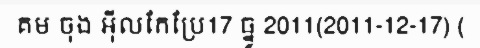
គម ចុង អ៊ីលកែប្រែ17 ធ្នូ 2011(2011-12-17) (